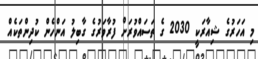
މި އަހަރުގެ ޝިއާރަކީ 2030 ގެ ތަސައްވުރަށް ފުރާވަރުގެ ގާބިލު އަންހެން ކުދިންތަކެއް